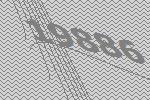
19886